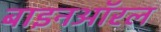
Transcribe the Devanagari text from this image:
बाइनऑरल